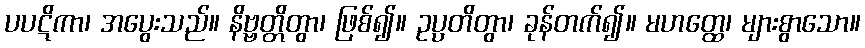
ပပဋိကာ၊ အပွေးသည်။ နိဗ္ဗတ္တိတွာ၊ ဖြစ်၍။ ဥပ္ပတိတွာ၊ ခုန်တက်၍။ မဟတ္ထေ၊ များစွာသော။